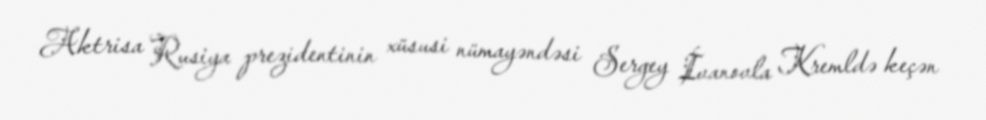
Aktrisa Rusiya prezidentinin xüsusi nümayəndəsi Sergey İvanovla Kremldə keçən